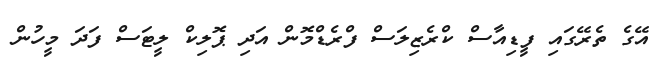
އޭގެ ތެރޭގައި ފީޑިއާސް ކްރެޒިލަސް ފްރެޑްމޮން އަދި ޕޮލިކް ލީޓަސް ފަދަ މީހުން